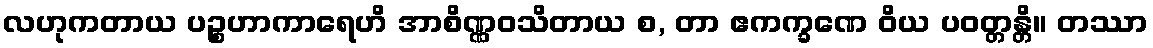
လဟုကတာယ ပဉ္စဟာကာရေဟိ အာစိဏ္ဏဝသိတာယ စ, တာ ဧကက္ခဏေ ဝိယ ပဝတ္တန္တိ။ တဿာ